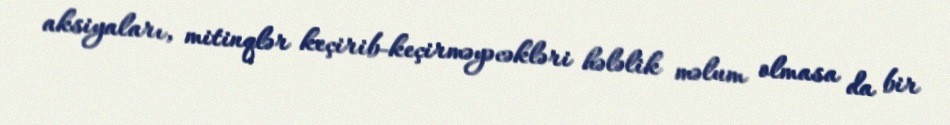
aksiyaları, mitinqlər keçirib-keçirməyəcəkləri hələlik məlum olmasa da bir